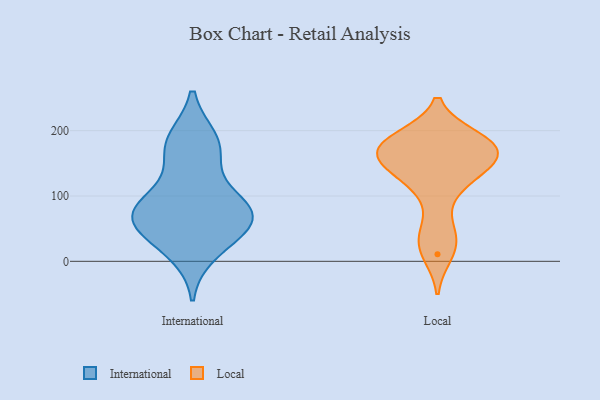
{"axis": {"x": "Waste Production (Tons)", "y": "Value"}, "legend": ["International", "Local"], "data": [{"x": "", "y": 83, "type": "International"}, {"x": "", "y": 71, "type": "International"}, {"x": "", "y": 75, "type": "International"}, {"x": "", "y": 185, "type": "International"}, {"x": "", "y": 42, "type": "International"}, {"x": "", "y": 163, "type": "International"}, {"x": "", "y": 94, "type": "International"}, {"x": "", "y": 15, "type": "International"}, {"x": "", "y": 70, "type": "International"}, {"x": "", "y": 180, "type": "International"}, {"x": "", "y": 54, "type": "International"}, {"x": "", "y": 144, "type": "Local"}, {"x": "", "y": 49, "type": "Local"}, {"x": "", "y": 189, "type": "Local"}, {"x": "", "y": 184, "type": "Local"}, {"x": "", "y": 11, "type": "Local"}, {"x": "", "y": 185, "type": "Local"}, {"x": "", "y": 170, "type": "Local"}, {"x": "", "y": 177, "type": "Local"}, {"x": "", "y": 160, "type": "Local"}, {"x": "", "y": 159, "type": "Local"}, {"x": "", "y": 29, "type": "Local"}, {"x": "", "y": 155, "type": "Local"}, {"x": "", "y": 125, "type": "Local"}, {"x": "", "y": 111, "type": "Local"}]}